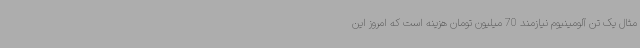
مثال یک تن آلومینیوم نیازمند 70 میلیون تومان هزینه است که امروز این